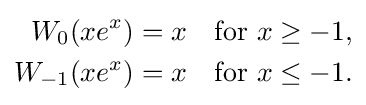
{\begin{aligned}W_{0}(xe^{x})&=x&{\text{for }}x&\geq -1,\\W_{-1}(xe^{x})&=x&{\text{for }}x&\leq -1.\end{aligned}}